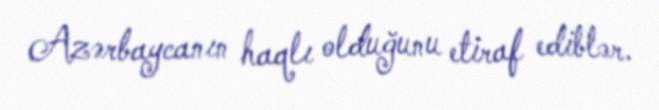
Azərbaycanın haqlı olduğunu etiraf ediblər.